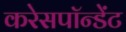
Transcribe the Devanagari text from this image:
करेसपॉन्डेंट